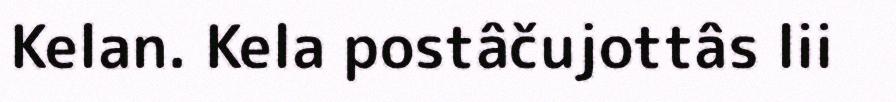
Kelan. Kela postâčujottâs lii